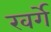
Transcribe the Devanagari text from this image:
खर्गे